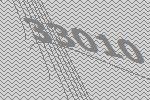
33010